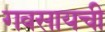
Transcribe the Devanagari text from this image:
गवसायची